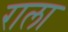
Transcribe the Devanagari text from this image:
राला